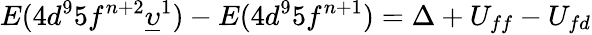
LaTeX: E(4d^{9}5f^{n+2}\underline{{\upsilon}}^{1})-E(4d^{9}5f^{n+1})=\Delta+U_{ff}-U_{fd}